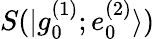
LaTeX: S(|g_{0}^{(1)};e_{0}^{(2)}\rangle)